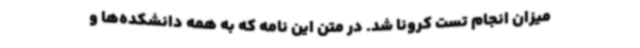
میزان انجام تست کرونا شد. در متن این نامه که به همه دانشکده‌ها و